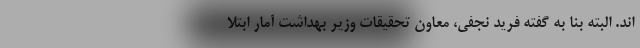
اند. البته بنا به گفته فرید نجفی، معاون تحقیقات وزیر بهداشت آمار ابتلا